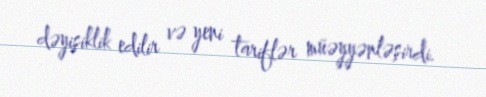
dəyişiklik edilir və yeni tariflər müəyyənləşirdi.